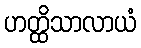
ဟတ္ထိသာလာယံ